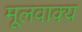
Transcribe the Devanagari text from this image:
मूलवाक्य